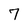
Character: 7